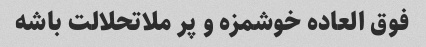
فوق العاده خوشمزه و پر ملاتحلالت باشه